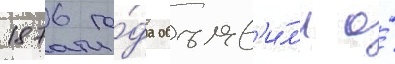
1876 го́да объяв'и́л'и о́